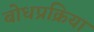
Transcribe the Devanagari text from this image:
बोधप्रक्रिया